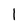
Character: 1